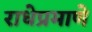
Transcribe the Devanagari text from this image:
राधेप्रमाणे